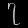
Digit: ၇